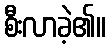
စီးလာခဲ့၏။